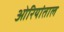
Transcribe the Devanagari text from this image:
ओरियांताल